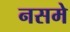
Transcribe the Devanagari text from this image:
नसमे